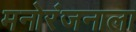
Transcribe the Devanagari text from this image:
मनोरंजनाला